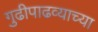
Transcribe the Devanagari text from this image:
गुढीपाढव्याच्या